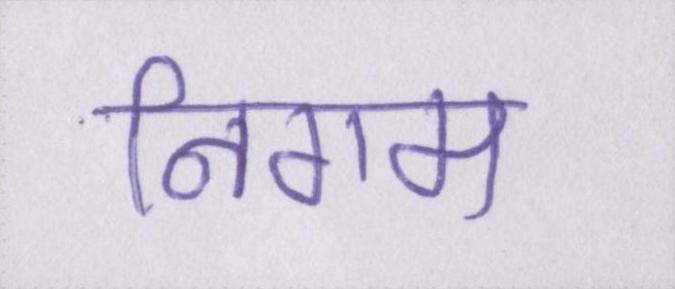
निगम